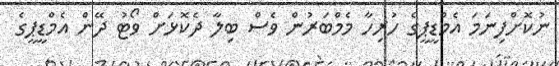
ނުކޮށްފިނަމަ އެމްޑީޕީގެ ހުރިހާ މެމްބަރުން ވެސް ބިލާ ދެކޮޅަށް ވޯޓު ދޭން އެމްޑީޕީގެ